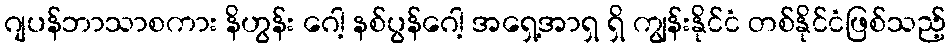
ဂျပန်ဘာသာစကား နိဟွန်း ဂေါ့ နစ်ပွန်ဂေါ့ အရှေ့အာရှ ရှိ ကျွန်းနိုင်ငံ တစ်နိုင်ငံဖြစ်သည့်